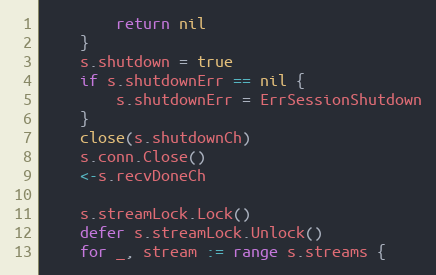
Language: Go
		return nil
	}
	s.shutdown = true
	if s.shutdownErr == nil {
		s.shutdownErr = ErrSessionShutdown
	}
	close(s.shutdownCh)
	s.conn.Close()
	<-s.recvDoneCh

	s.streamLock.Lock()
	defer s.streamLock.Unlock()
	for _, stream := range s.streams {